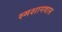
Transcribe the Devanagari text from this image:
स्मशानवास